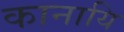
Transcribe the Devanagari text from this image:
कानायि